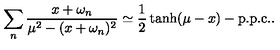
\sum _ { n } \frac { x + \omega _ { n } } { \mu ^ { 2 } - ( x + \omega _ { n } ) ^ { 2 } } \simeq \frac { 1 } { 2 } \tanh ( \mu - x ) - \mathrm { p . p . c . } .